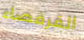
القرفصاء